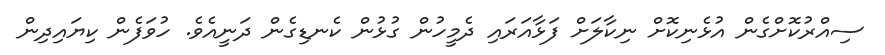
ސިއްރުކޮށްގެން އުޅެނިކޮށް ނިކާލަށް ފަޅާއަރައި ދެމީހުން ގުޅުން ކެނޑިގެން ދަނީއެވެ. ހުވަފެން ކިޔައިދިން